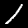
Digit: 1